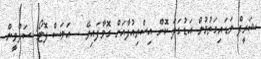
ޝަރީފް ވަޑައިގަތުމުން އަޑުގަދަ ކޮށް އިސްތިއުފާއަށް ގޮވާފައިވޭ -- އަވަސް ފޮޓޯ: ސަލްވީން